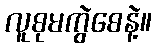
လူစုမကွဲစေနဲ့။